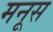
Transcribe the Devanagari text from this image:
मनूस